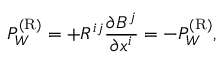
P _ { \cal { W } } ^ { ( \mathrm { { R } } ) } = + { \cal { R } } ^ { i j } \frac { \partial B ^ { j } } { \partial x ^ { i } } = - P _ { W } ^ { ( \mathrm { { R } } ) } ,